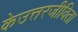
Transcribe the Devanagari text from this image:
केउत्तरजीविता